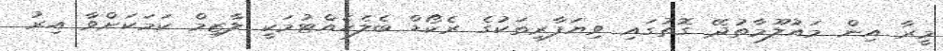
މީރާ އިން މައުލޫމާތުދޭ ގޮތުގައި ވިޔަފާރިތަކުގެ ރެކޯޑް ބެލެހެއްޓުމަކީ ލާޒިމް ކަމަކަށްވާ އިރު